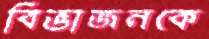
বিভাজনকে